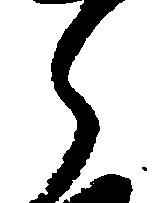
ら